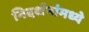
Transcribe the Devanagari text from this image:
निदर्शनांमध्ये